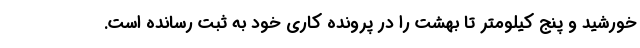
خورشید و پنج کیلومتر تا بهشت را در پرونده کاری خود به ثبت رسانده است.